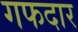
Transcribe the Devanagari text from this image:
गफदार